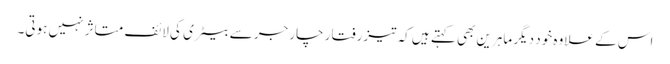
اس کے علاوہ خود دیگر ماہرین بھی کہتے ہیں کہ تیزرفتار چارجر سے بیٹری کی لائف متاثر نہیں ہوتی۔